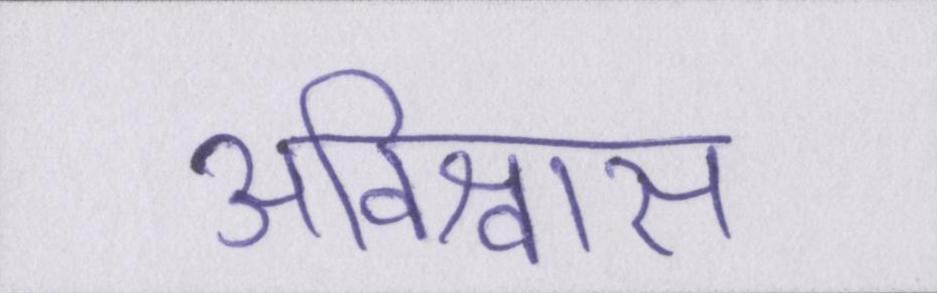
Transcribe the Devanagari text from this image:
अविश्वास